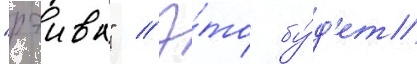
"рэива" // Э́то бу́д'ет